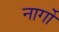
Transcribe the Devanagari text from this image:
नार्गों